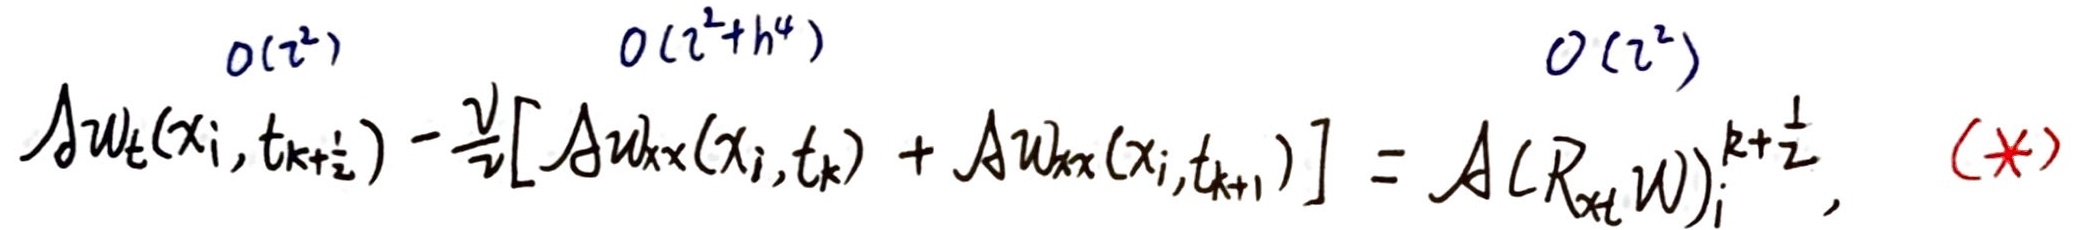
$\Delta w_t(x_i, t_{k+\frac{1}{2}}) - \frac{\nu}{2}[\Delta w_{xx}(x_i, t_k) + \Delta w_{xx}(x_i, t_{k+1})] = \Delta (R_{xt} w)_i^{k + \frac{1}{2}}, \tag{*}$
$O(\tau^2) \quad O(\tau^2 + h^4) \quad O(\tau^2)$